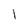
Character: 1